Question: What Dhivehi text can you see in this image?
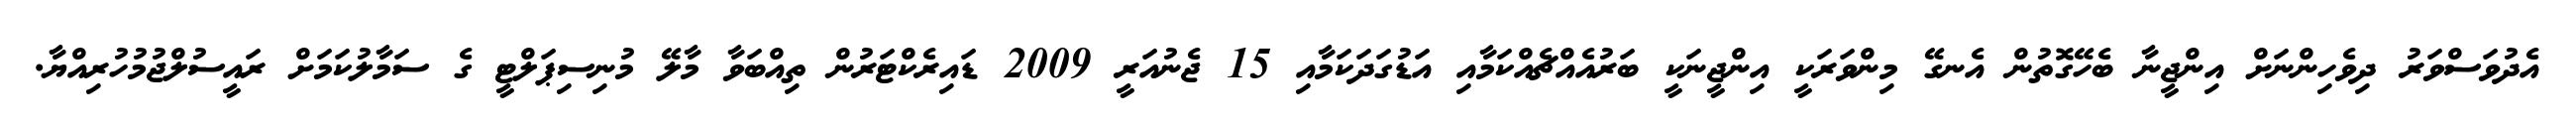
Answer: އެދުވަސްވަރު ދިވެހިންނަށް އިންޖީނާ ބެހޭގޮތުން އެނގޭ މިންވަރަކީ އިންޖީނަކީ ބަރުއެއްޗެއްކަމާއި އަޑުގަދަކަމާއި 15 ޖެނުއަރީ 2009 ޑައިރެކްޓަރުން ތިއްބަވާ މާލޭ މުނިސިޕަލްޓީ ގެ ސަމާލުކަމަށް ރައީސުލްޖުމުހުރިއްޔާ.